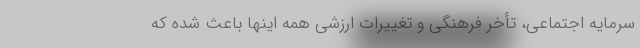
سرمایه اجتماعی، تأخر فرهنگی و تغییرات ارزشی همه اینها باعث شده که